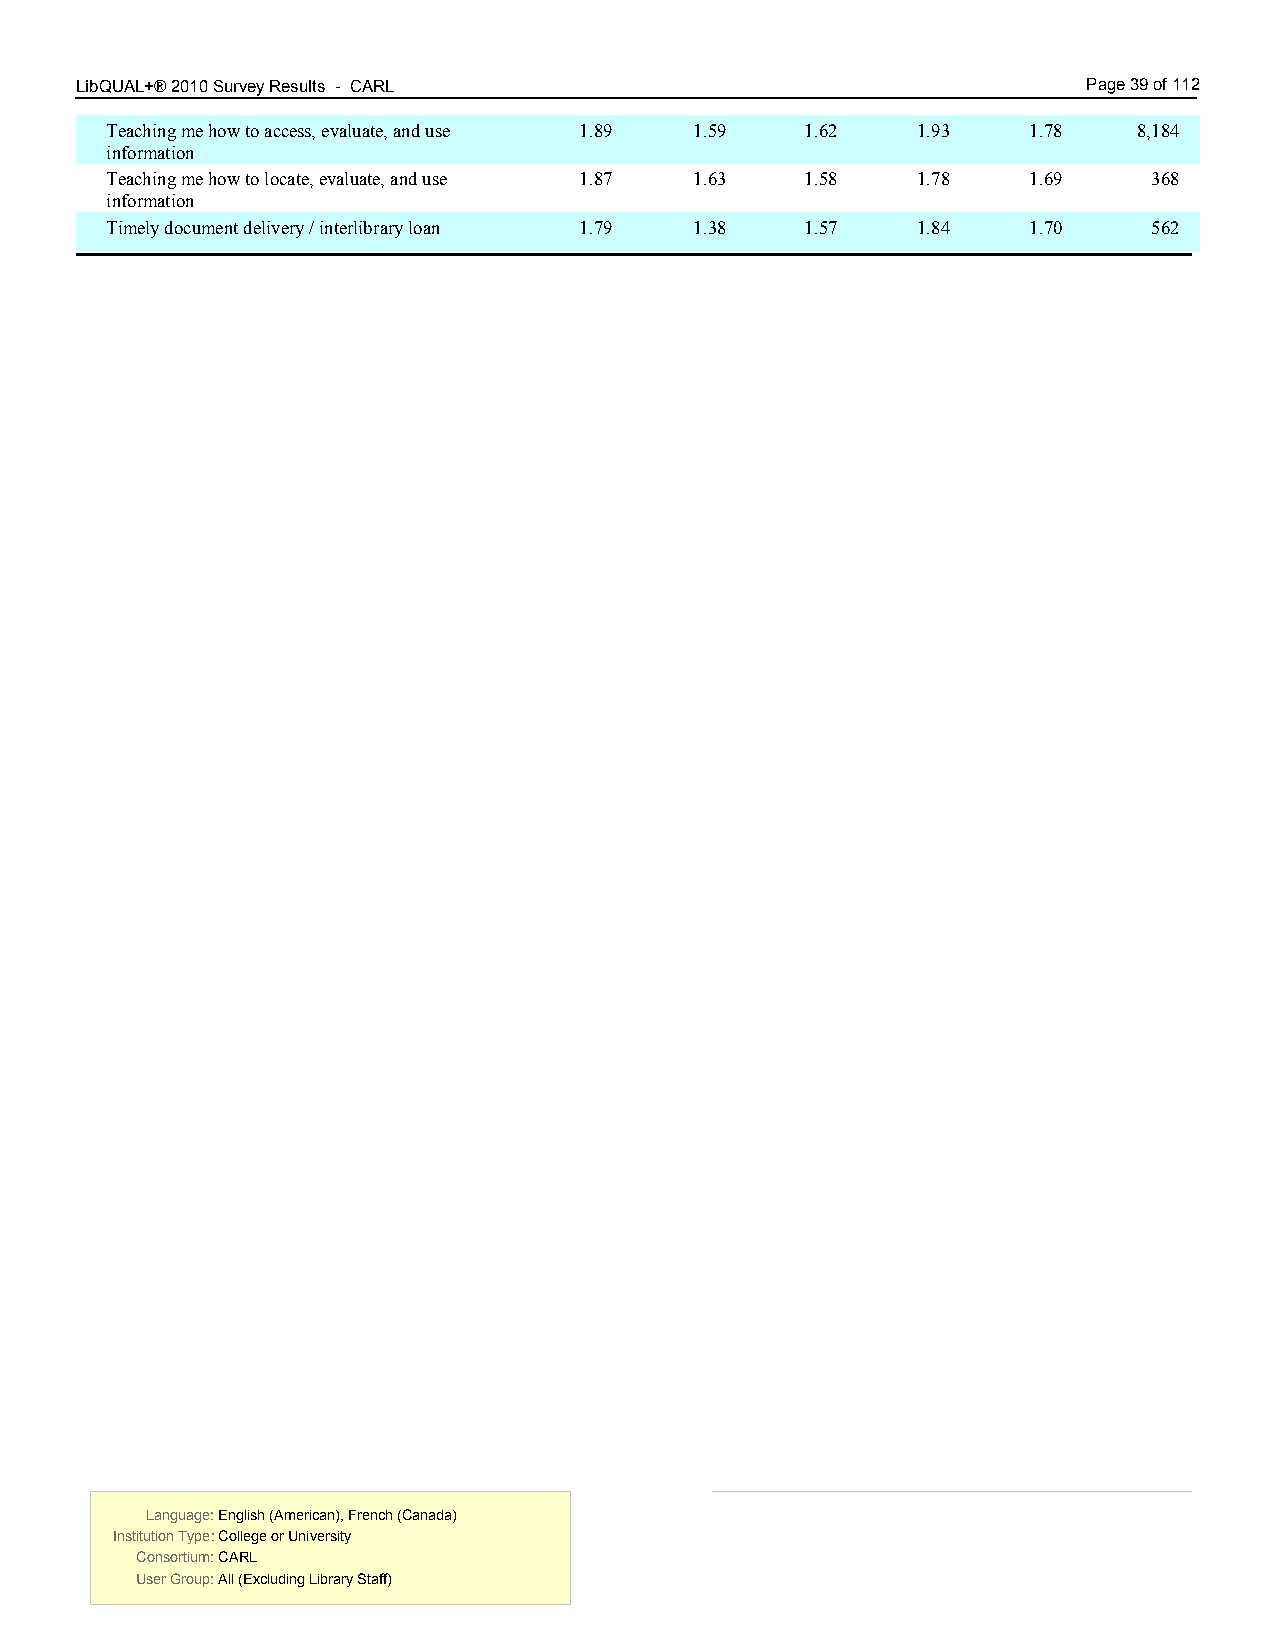
LibQUAL+® 2010 Survey Results - CARL 3.00                          Page 39 of 112
 Teaching me how to access, evaluate, and use 1.89 1.59 1.62 1.93 1.78 8,184
 information
 Teaching me how to locate, evaluate, and use 1.87 1.63 1.58 1.78 1.69 368
 information
 Timely document delivery / interlibrary loan 1.79 1.38 1.57 1.84 1.70 562
 Language: English (American), French (Canada) Language: English (American), French (Canada)
 Institution Type: College or University  Institution Type: College or University
 Consortium: CARL                         Consortium: CARL
 User Group: All (Excluding Library Staff) User Group: All (Excluding Library Staff)